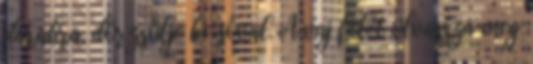
darabra, dörzsölje be sóval. A vaj felét olvassza meg